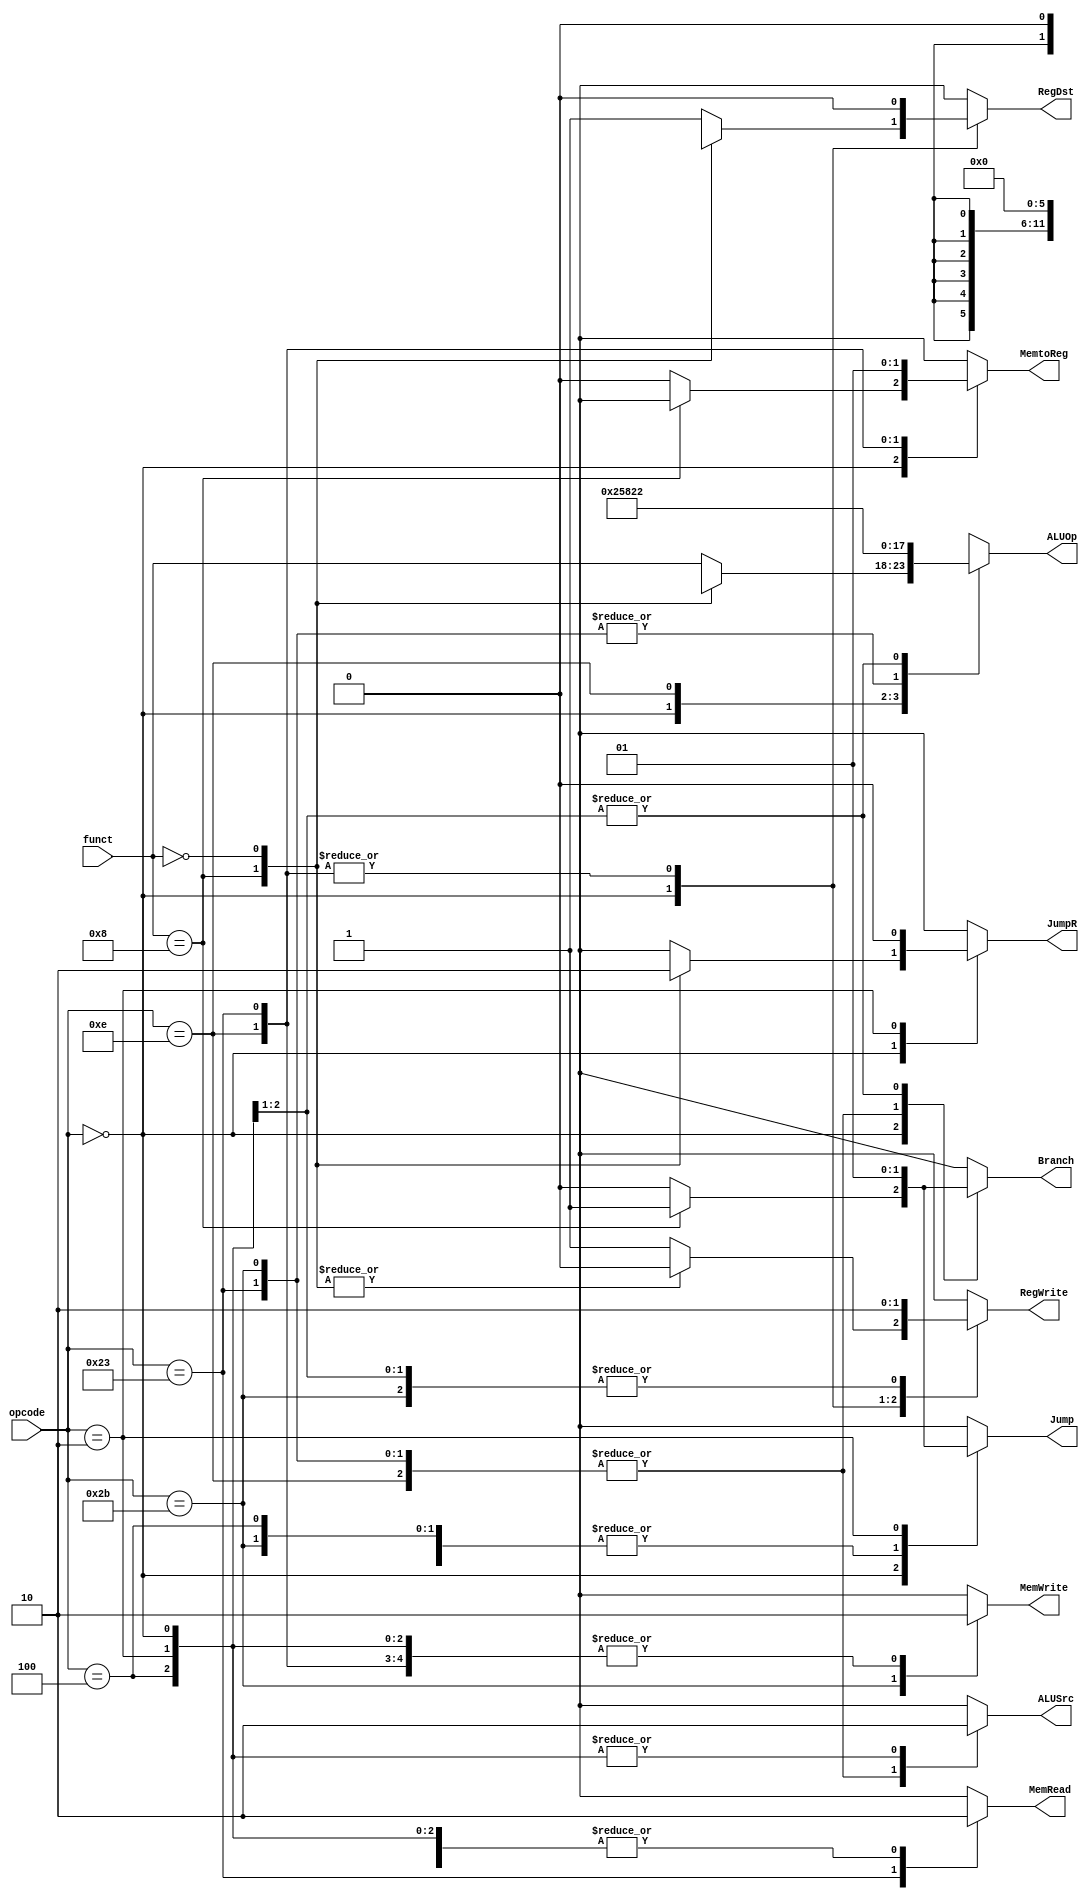
/*
	Title: MIPS Single-Cycle Control Unit
	Editor: Selene (Computer System and Architecture Lab, ICE, CYCU)
	
	Input Port
		1. opcode: JONAT
	Output Port
		1. RegDst: RFMUX
		2. ALUSrc: ALUMUX
		3. MemtoReg: WRMUX
		4. RegWrite: sO_igJ
		5. MemRead:  OO_iX
		6. MemWrite: OO_igJ
		7. Branch: PALUXzeroTANDBPCMUX
		8. ALUOp: XALU Control
*/
`timescale 1ns/1ns
module control_single( opcode, funct, RegDst, ALUSrc, MemtoReg, RegWrite, 
					   MemRead, MemWrite, Branch, Jump, JumpR, ALUOp);
    input[5:0] opcode,funct;
    output RegDst, ALUSrc, MemtoReg, RegWrite, MemRead, MemWrite, Branch, Jump, JumpR;
    output[5:0] ALUOp;
    reg RegDst, ALUSrc, MemtoReg, RegWrite, MemRead, MemWrite, Branch, Jump, JumpR;
    reg[5:0] ALUOp;

    parameter R_FORMAT = 6'd0;
	parameter ORI      = 6'd14;
    parameter LW       = 6'd35;
    parameter SW       = 6'd43;
    parameter BEQ      = 6'd4;
	parameter J        = 6'd2;
	
	parameter F_JR     = 6'd8;
	parameter F_NOP    = 6'd0;
	
	// ALUOp T
	parameter AND = 6'b100100;
	parameter OR  = 6'b100101;
	parameter ADD = 6'b100000;
	parameter SUB = 6'b100010;
	parameter SLT = 6'b101010;
	parameter SRL = 6'b000010;
	parameter DIVU= 6'b011011;
	parameter MFHI= 6'b010000;
	parameter MFLO= 6'b010010;
	

    always @( opcode or funct ) begin
        case ( opcode )
          R_FORMAT : 
          begin
			case (funct)
				F_JR : 
				begin
					RegDst = 1'bx; ALUSrc = 1'b0; MemtoReg = 1'bx; RegWrite = 1'b0; MemRead = 1'b0; 
					MemWrite = 1'b0; Branch = 1'b1; Jump = 1'b1; JumpR = 1'b1; ALUOp = 6'bxxxxxx;
				end
				F_NOP :
				begin
					RegDst = 1'b0; ALUSrc = 1'b0; MemtoReg = 1'b0; RegWrite = 1'b0; MemRead = 1'b0; 
					MemWrite = 1'b0; Branch = 1'b0; Jump = 1'b0; JumpR = 1'b0; ALUOp = 6'b000000;
				end
				
				default 
				begin
					RegDst = 1'b1; ALUSrc = 1'b0; MemtoReg = 1'b0; RegWrite = 1'b1; MemRead = 1'b0; 
					MemWrite = 1'b0; Branch = 1'b0; Jump = 1'b0; JumpR = 1'bx; ALUOp = funct;
				end
			endcase
          end
		  ORI :
		  begin
				RegDst = 1'b0; ALUSrc = 1'b1; MemtoReg = 1'b0; RegWrite = 1'b1; MemRead = 1'b0; 
				MemWrite = 1'b0; Branch = 1'b0; Jump = 1'b0; JumpR = 1'bx; ALUOp = OR;
		  end
          LW :
          begin
				RegDst = 1'b0; ALUSrc = 1'b1; MemtoReg = 1'b1; RegWrite = 1'b1; MemRead = 1'b1; 
				MemWrite = 1'b0; Branch = 1'b0; Jump = 1'b0; JumpR = 1'bx; ALUOp = ADD;
          end
          SW :
          begin
				RegDst = 1'bx; ALUSrc = 1'b1; MemtoReg = 1'bx; RegWrite = 1'b0; MemRead = 1'b0; 
				MemWrite = 1'b1; Branch = 1'b0; Jump = 1'b0; JumpR = 1'bx; ALUOp = ADD;
          end
          BEQ :
          begin
				RegDst = 1'bx; ALUSrc = 1'b0; MemtoReg = 1'bx; RegWrite = 1'b0; MemRead = 1'b0; 
				MemWrite = 1'b0; Branch = 1'b1; Jump = 1'b0; JumpR = 1'bx; ALUOp = SUB;
          end
		  J :
		  begin
				RegDst = 1'bx; ALUSrc = 1'b0; MemtoReg = 1'bx; RegWrite = 1'b0; MemRead = 1'b0; 
				MemWrite = 1'b0; Branch = 1'b1; Jump = 1'b1; JumpR = 1'b0; ALUOp = SUB;
		  end
          default
          begin
				$display("control_single unimplemented opcode %d", opcode);
				RegDst=1'bx; ALUSrc=1'bx; MemtoReg=1'bx; RegWrite=1'bx; MemRead=1'bx; 
				MemWrite=1'bx; Branch=1'bx; Jump = 1'bx; JumpR = 1'bx; ALUOp = 6'bxxxxxx;
          end

        endcase
    end
endmodule